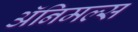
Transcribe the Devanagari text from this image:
अॅनिमल्स